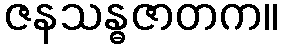
ဇနသန္ဓဇာတက။